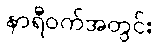
နာရီဝက်အတွင်း